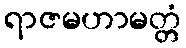
ရာဇမဟာမတ္တံ